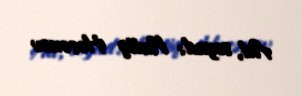
Ad, soyad: Natiq Həsənov